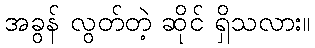
အခွန် လွတ်တဲ့ ဆိုင် ရှိသလား။